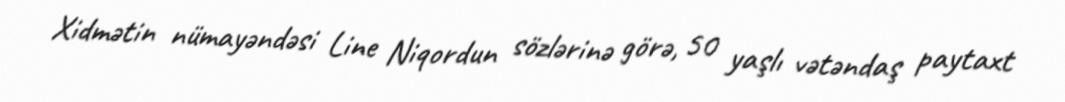
Xidmətin nümayəndəsi Line Niqordun sözlərinə görə, 50 yaşlı vətəndaş paytaxt